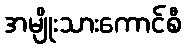
အမျိုးသားကောင်စီ